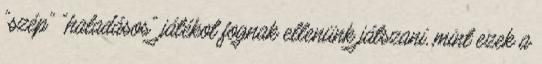
"szép" "haladásos" játékot fognak ellenünk játszani, mint ezek a